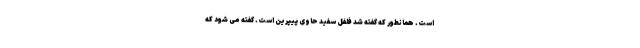
است. همانطور که گفته شد فلفل سفید حاوی پیپرین است. گفته می شود که